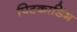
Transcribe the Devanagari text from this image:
पिटकाडिंभ